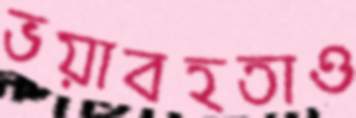
ভয়াবহতাও